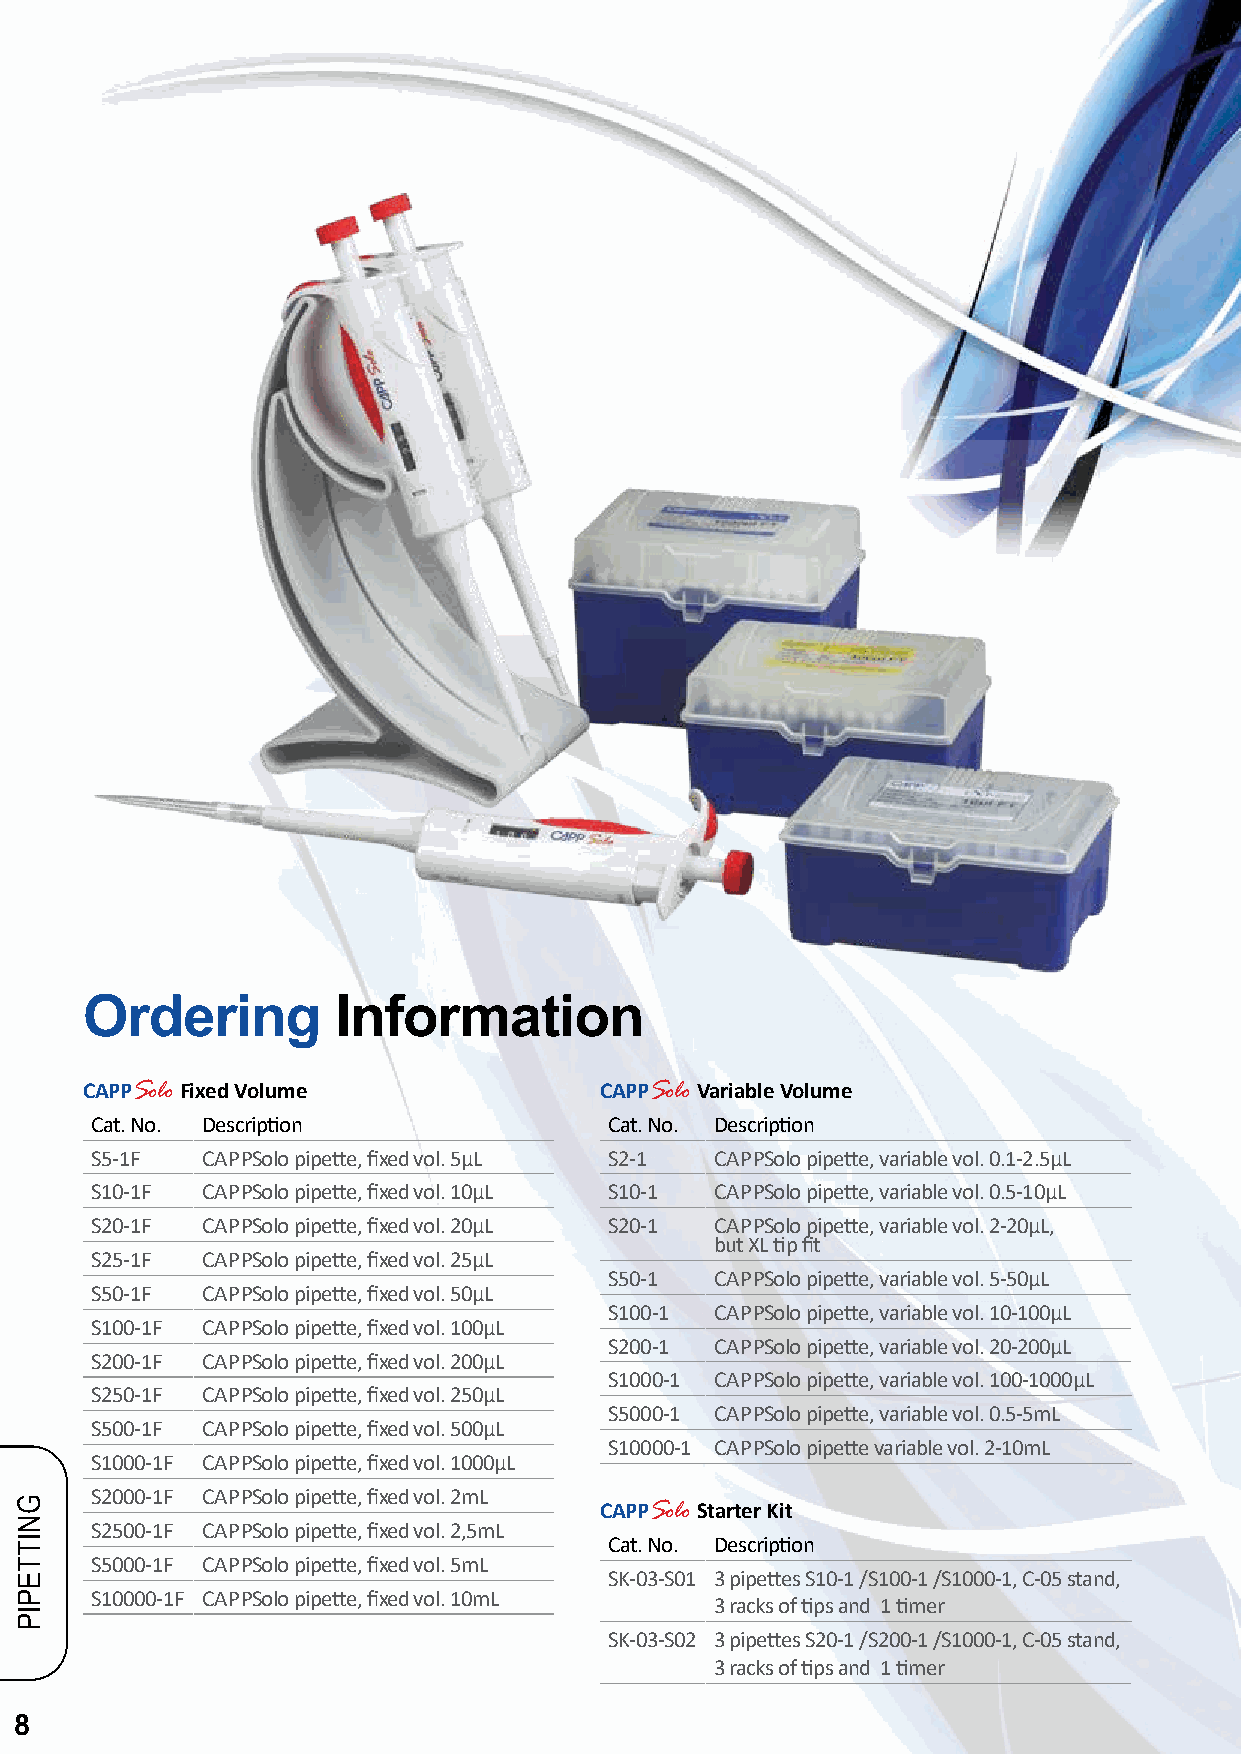
Ordering         Information
 CAPPSolo Fixed Volume              CAPPSolo Variable Volume
 Cat. No. Description              Cat. No. Description
 S5-1F  CAPPSolo pipette, fixed vol. 5µL S2-1 CAPPSolo pipette, variable vol. 0.1-2.5µL
 S10-1F CAPPSolo pipette, fixed vol. 10µL S10-1 CAPPSolo pipette, variable vol. 0.5-10µL
 S20-1F CAPPSolo pipette, fixed vol. 20µL S20-1 CAPPSolo pipette, variable vol. 2-20µL,
 but XL tip fit
 S25-1F CAPPSolo pipette, fixed vol. 25µL
 S50-1  CAPPSolo pipette, variable vol. 5-50µL
 S50-1F CAPPSolo pipette, fixed vol. 50µL
 S100-1 CAPPSolo pipette, variable vol. 10-100µL
 S100-1F CAPPSolo pipette, fixed vol. 100µL
 S200-1 CAPPSolo pipette, variable vol. 20-200µL
 S200-1F CAPPSolo pipette, fixed vol. 200µL
 S1000-1 CAPPSolo pipette, variable vol. 100-1000µL
 S250-1F CAPPSolo pipette, fixed vol. 250µL
 S5000-1 CAPPSolo pipette, variable vol. 0.5-5mL
 S500-1F CAPPSolo pipette, fixed vol. 500µL
 S10000-1 CAPPSolo pipette variable vol. 2-10mL
 S1000-1F CAPPSolo pipette, fixed vol. 1000µL
 S2000-1F CAPPSolo pipette, fixed vol. 2mL
 CAPPSolo Starter Kit
 S2500-1F CAPPSolo pipette, fixed vol. 2,5mL
 Cat. No. Description
 S5000-1F CAPPSolo pipette, fixed vol. 5mL
 SK-03-S01 3 pipettes S10-1 /S100-1 /S1000-1, C-05 stand,
 S10000-1F CAPPSolo pipette, fixed vol. 10mL
 3 racks of tips and 1 timer
 SK-03-S02 3 pipettes S20-1 /S200-1 /S1000-1, C-05 stand,
 3 racks of tips and 1 timer
 8
 GNITTEPIP